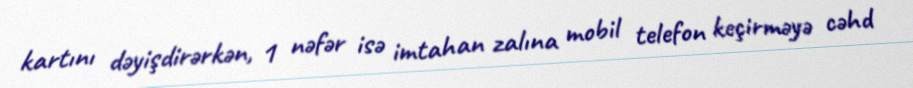
kartını dəyişdirərkən, 1 nəfər isə imtahan zalına mobil telefon keçirməyə cəhd